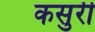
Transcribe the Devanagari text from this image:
कसुरी